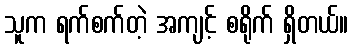
သူက ရက်စက်တဲ့ အကျင့် စရိုက် ရှိတယ်။